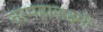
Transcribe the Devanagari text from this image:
वरमहालक्ष्मी